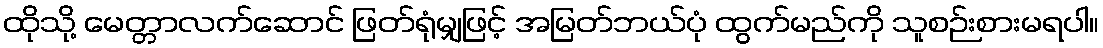
ထိုသို့ မေတ္တာလက်ဆောင် ဖြတ်ရုံမျှဖြင့် အမြတ်ဘယ်ပုံ ထွက်မည်ကို သူစဉ်းစားမရပါ။